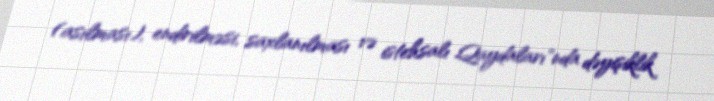
(asılması), endirilməsi, saxlanılması və istehsalı Qaydaları"nda dəyişiklik